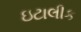
ઇટાલીક